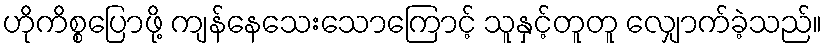
ဟိုကိစ္စပြောဖို့ ကျန်နေသေးသောကြောင့် သူနှင့်တူတူ လျှောက်ခဲ့သည်။